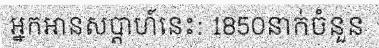
អ្នកអានសប្តាហ៍នេះ: 1850នាក់ចំនួន